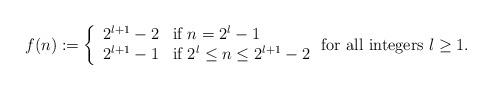
LaTeX: \begin{align*}f(n) := \left\{ \begin{array}{ll}2^{l+1} - 2 & \mbox{if } n = 2^l - 1 \\2^{l+1} - 1 & \mbox{if } 2^l \le n \le 2^{l+1} - 2\end{array}\right. \mbox{for all integers $ l \ge 1 $}.\end{align*}